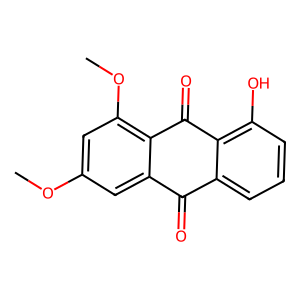
SMILES: COc1cc(OC)c2c(c1)C(=O)c1cccc(O)c1C2=O
Inhibits HIV replication: No